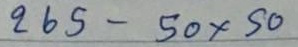
265 - 50x50